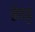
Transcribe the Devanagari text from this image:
सेवकु